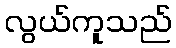
လွယ်ကူသည်